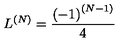
L ^ { \left( N \right) } = \frac { \left( - 1 \right) ^ { \left( N - 1 \right) } } { 4 }